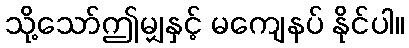
သို့သော်ဤမျှနှင့် မကျေနပ် နိုင်ပါ။